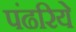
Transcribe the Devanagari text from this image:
पंढरिये